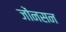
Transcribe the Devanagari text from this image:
जोंनसन